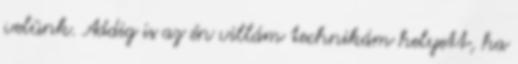
velünk. Addig is az én villám technikám helyett, ha